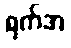
ရက်အ